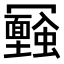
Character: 𠖪